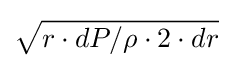
{\sqrt {r\cdot dP/\rho \cdot 2\cdot dr}}